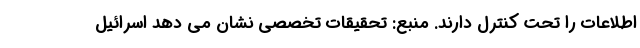
اطلاعات را تحت کنترل دارند. منبع: تحقیقات تخصصی نشان می دهد اسرائیل